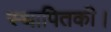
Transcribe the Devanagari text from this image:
स्थापितकी।